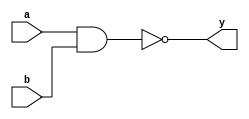
module nand_gate(a,b,y);
input a,b;
output wire y;
nand(y,a,b);
endmodule